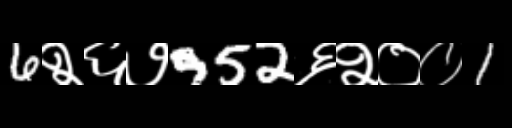
Text: 6२६७952६२००1